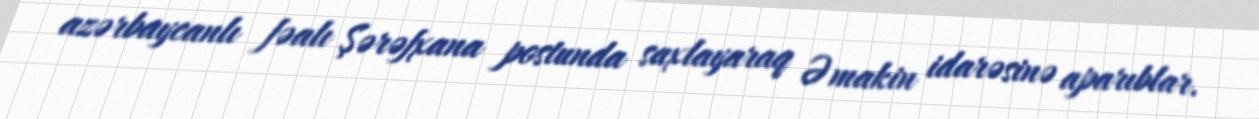
azərbaycanlı fəalı Şərəfxana postunda saxlayaraq Əmakin idarəsinə aparıblar.